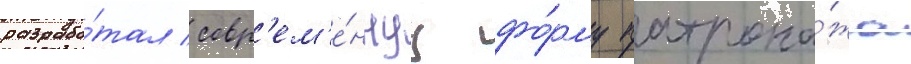
разрабо́тал совр'ем'е́ннуу фо́рму патрона́жа